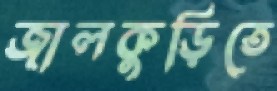
জালকুড়িতে